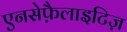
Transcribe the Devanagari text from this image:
एनसेफ़ैलाइटिज़